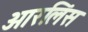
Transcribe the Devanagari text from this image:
ओरलिंस